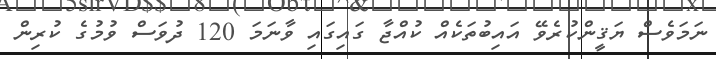
ނަމަވެސް ޔަޤީންކުރެވޭ އައިބުތަކެއް ކުއްޖާ ގައިގައި ވާނަމަ 120 ދުވަސް ވުމުގެ ކުރިން